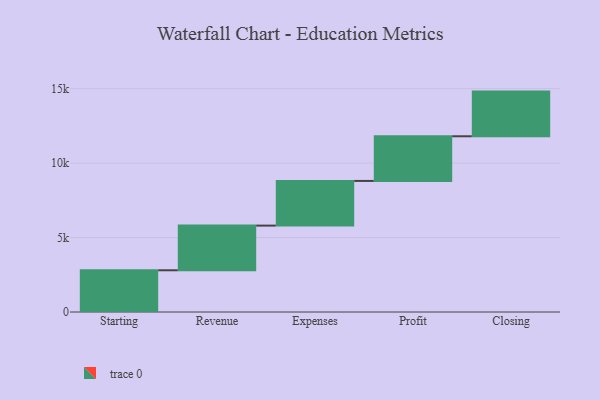
{"axis": {"x": "Step", "y": "Value"}, "legend": [""], "data": [{"x": "Starting", "y": 2802.0, "type": ""}, {"x": "Revenue", "y": 3000, "type": ""}, {"x": "Expenses", "y": 3000, "type": ""}, {"x": "Profit", "y": 3000, "type": ""}, {"x": "Closing", "y": 3000, "type": ""}]}